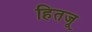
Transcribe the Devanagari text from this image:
हितजू